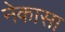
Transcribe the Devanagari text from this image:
नेकासा